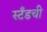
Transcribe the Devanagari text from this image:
स्टँडची